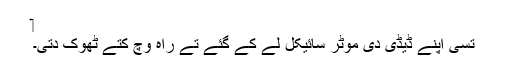
‏
تُسی اپنے ڈیڈی دی موٹر سائیکل لے کے گئے تے راہ وچ کِتے ٹھوک دِتی۔